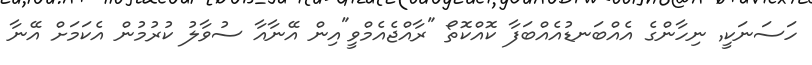
ހަސަނަކީ